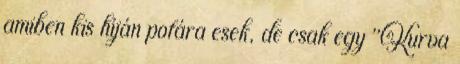
amiben kis híján pofára esek, de csak egy "Kurva